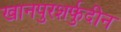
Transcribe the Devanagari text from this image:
खानपुरशर्फुदीन